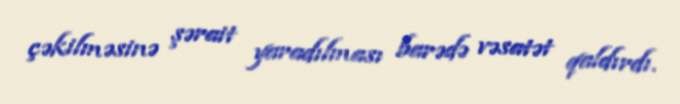
çəkilməsinə şərait yaradılması barədə vəsatət qaldırdı.